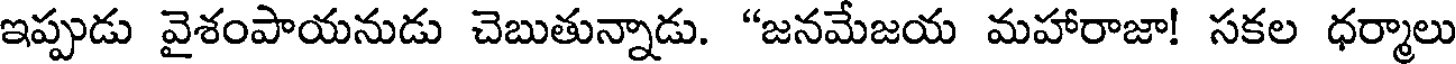
ఇప్పుడు వైశంపాయనుడు చెబుతున్నాడు. "జనమేజయ మహారాజా! సకల ధర్మాలు